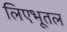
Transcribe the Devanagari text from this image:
लिएभूतल